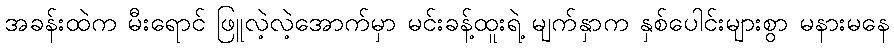
အခန်းထဲက မီးရောင် ဖြူလဲ့လဲ့အောက်မှာ မင်းခန့်ထူးရဲ့ မျက်နှာက နှစ်ပေါင်းများစွာ မနားမနေ